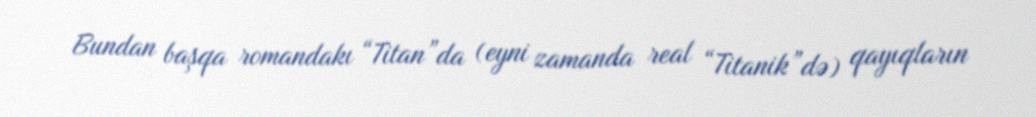
Bundan başqa romandakı “Titan”da (eyni zamanda real “Titanik”də) qayıqların